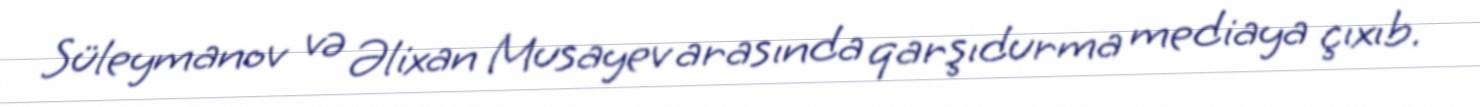
Süleymanov və Əlixan Musayev arasında qarşıdurma mediaya çıxıb.